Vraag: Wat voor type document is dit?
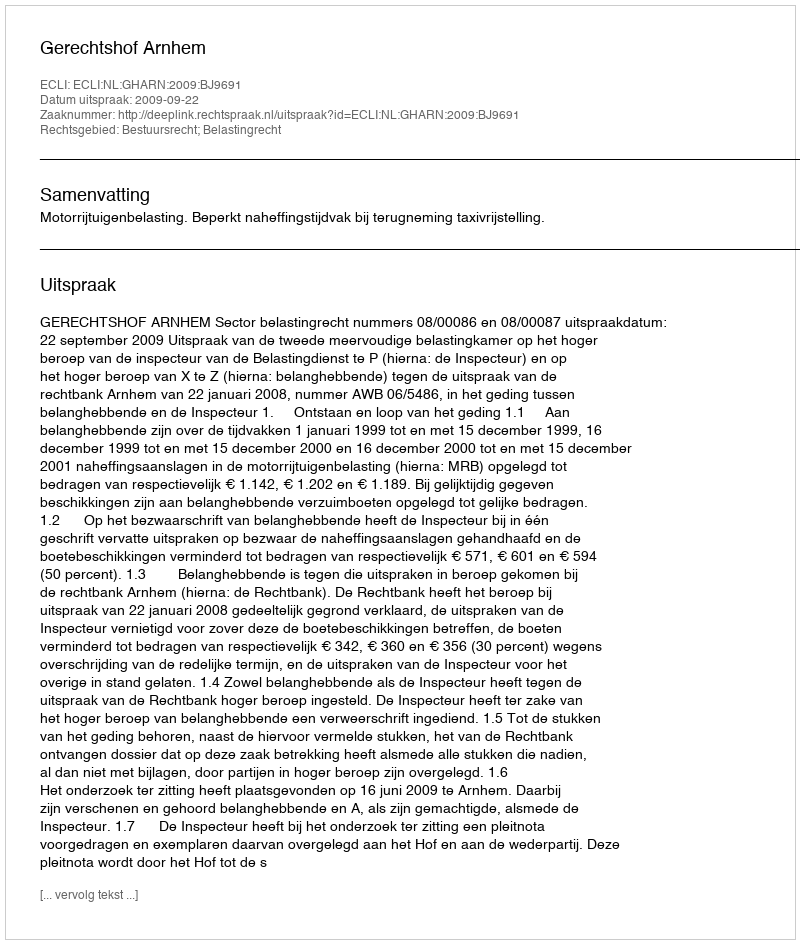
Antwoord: Uitspraak